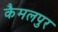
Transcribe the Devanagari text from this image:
कैमलपुर